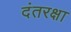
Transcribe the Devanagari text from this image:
दंतरक्षा